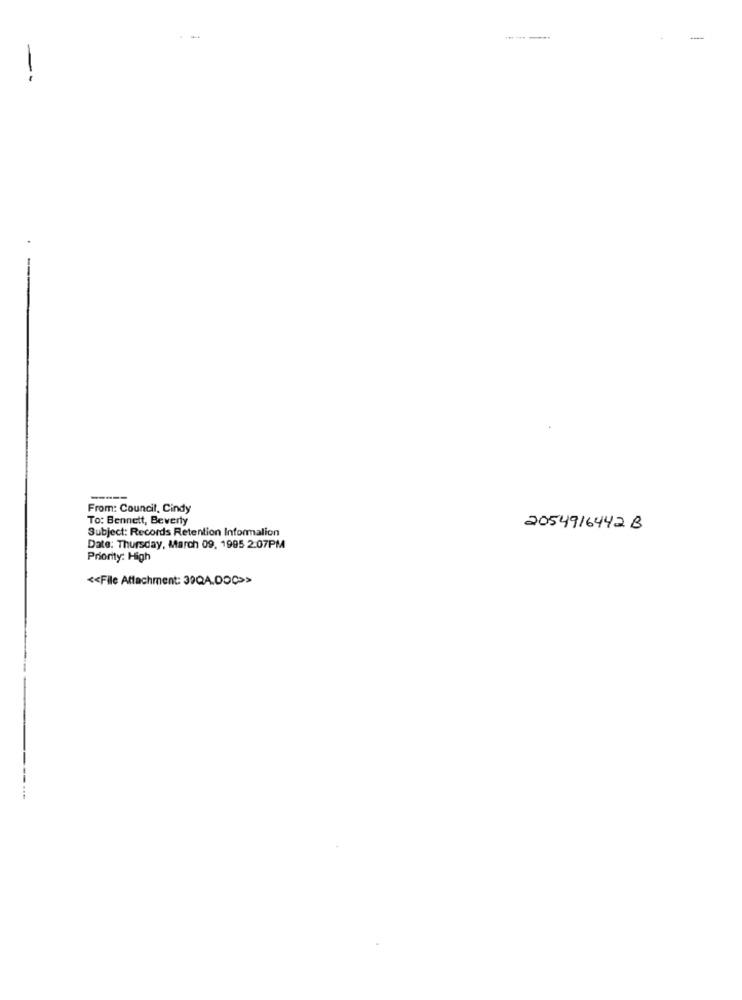
-
-----
From: Council, Cindy
To: Bennett, Beverly
Subject: Records Retention Informalion
2054916442 B
Date: Thursday, March 09, 1995 2:07PM
Priority: High
<< File Attachment: 39QA.DOÇ>>